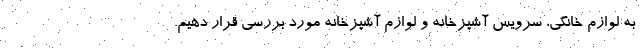
به لوازم خانگی، سرویس آشپزخانه و لوازم آشپزخانه مورد بررسی قرار دهیم.